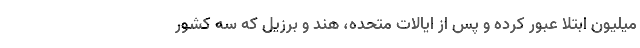
میلیون ابتلا عبور کرده‌ و پس از ایالات متحده، هند و برزیل که سه کشور